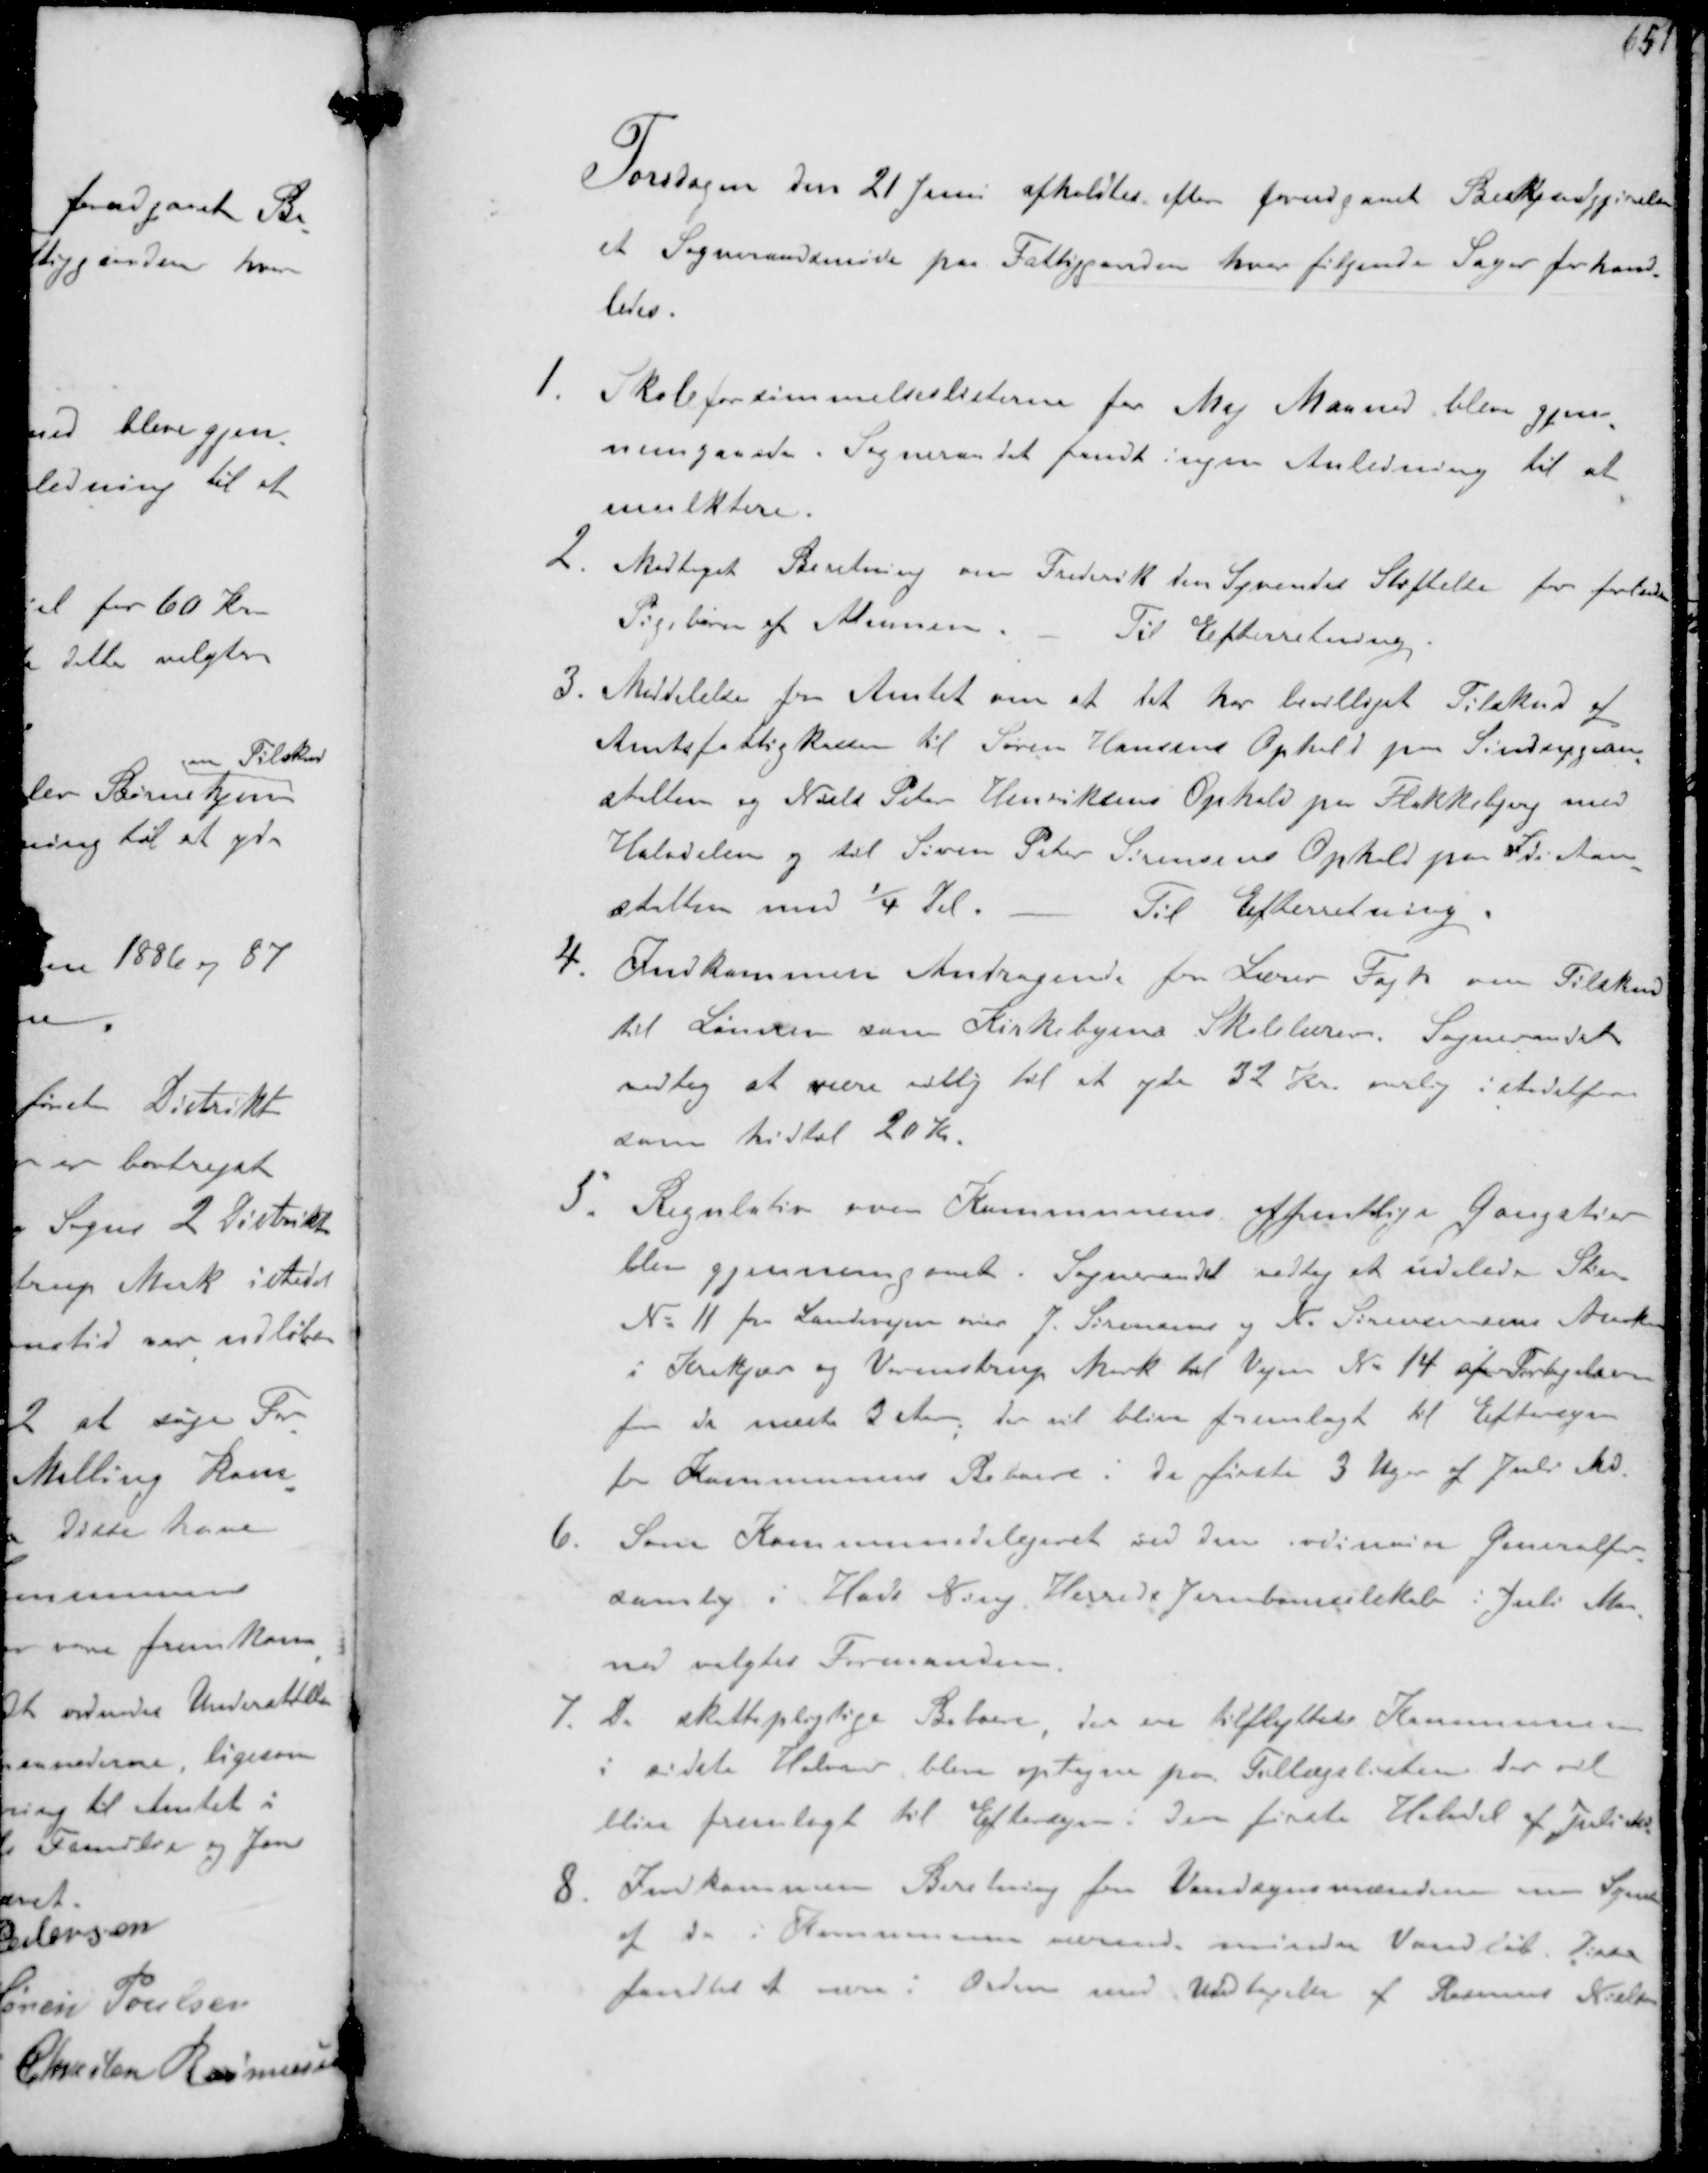
Transskription:
Torsdagen den 21 Juni afholdtes efter forudgaaet Bekjendgjørelse
et Sogneraadsmøde paa Fattiggaarden hvor følgende Sager forhand-
ledes.
1. Skoleforsømmelseslisterne for Maj Maaned blev gjen-
nemgaaede. Sogneraadet fandt ingen Anledning til at
mulktere
2. Modtaget Beretning om Frederik den Syvendes Stiftelse for forladte
Pigebørn af Almuen.
Til Efterretning
3. Meddelelse fra Amtet om at det har bevilliget Tilskud af
Amtsfattigkassen til Søren Hansens Ophold paa Sindssygean-
stalten og Niels Peter Henriksens Ophold på Flakkebjerg med
Halvdelen og til Søren Peter Sørensens Ophold paa Idiotan-
stalten med 1/4 Del
Til Efterretning
4. Indkommen Andragende fra Lærer Fogh om Tilskud
til Lønnen som Kirkebyens Skolelærer. Sogneraadet
vedtog at være villig til at yde 32 Kr. aarlig istedetfor
som hidtil 20 Kr.
5. Regulativ over Kommunens Offentlige Gangstier
blev gjennemgaaede Sogneraadet vedtog at udelade Stien
No 11 fra Landevejen over J. Sørensen og N. Severinsens Marker
i Krekjær og Vormstrup Mark til Vejen Nr 14 af Fortegnelsen
for de næste 3 Aar,  der vil blive fremlagt til Eftersyn
for Kommunens Beboere i de første 3 Uger af Juli Md.
6. Som Kommunedelegeret ved den en General-
samling i Hads Ning Herreds Jernbaneselskab i Juli Maa-
ned valgtes Formanden.
7. De skattepligtige Beboere, der er tilflyttede Kommunen
sidste Halvaar blev optagne paa Tillægslisten der vil
blive fremlagt til Eftersyn i den første Halvdel af Juli Md
8. Indkommen Beretning fra Vandsynsmændene om Syn
af de i Kommunen værende mindre Vandløb Disse
fandtes at være i Orden med Undtagelse af Rasmus Nielsen